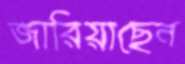
জারিয়াছেন